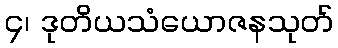
၄၊ ဒုတိယသံယောဇနသုတ်